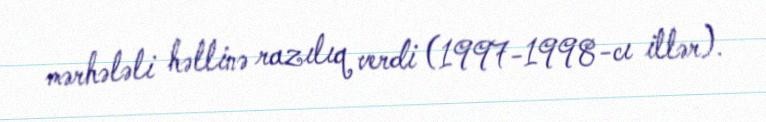
mərhələli həllinə razılıq verdi (1997-1998-cı illər).